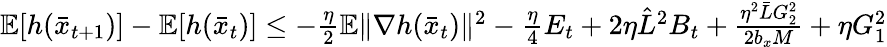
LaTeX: \begin{array}{r}{\mathbb{E}[h(\bar{x}_{t+1})]-\mathbb{E}[h(\bar{x}_{t})]\leq-\frac{\eta}{2}\mathbb{E}\| \nabla h(\bar{x}_{t})\| ^{2}-\frac{\eta}{4}E_{t}+2\eta\hat{L}^{2}B_{t}+\frac{\eta^{2}\bar{L}G_{2}^{2}}{2b_{x}M}+\eta G_{1}^{2}}\end{array}